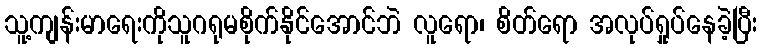
သူ့ကျန်းမာရေးကိုသူဂရုမစိုက်နိုင်အောင်ဘဲ လူရော၊ စိတ်ရော အလုပ်ရှုပ်နေခဲ့ပြီး